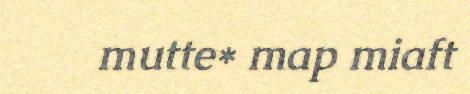
mutte* map miaft